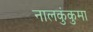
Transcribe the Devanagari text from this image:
नालकुंकुमा